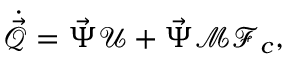
\dot { \vec { \mathcal { Q } } } = \vec { \Psi } \boldsymbol { \mathcal U } + \vec { \Psi } \boldsymbol { \mathcal { M } } \boldsymbol { \mathcal F } _ { c } ,